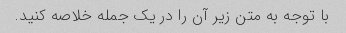
با توجه به متن زیر آن را در یک جمله خلاصه کنید.